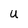
Character: U